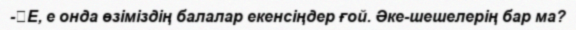
-	Е, е онда өзіміздің балалар екенсіңдер ғой. Әке-шешелерің бар ма?